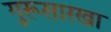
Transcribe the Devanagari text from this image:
गुरूसारखा